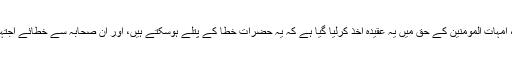
ہاں تمام صحابہ ، امہات المومنین کے حق میں یہ عقیدہ اخذ کرلیا گیا ہے کہ یہ حضرات خطا کے پتلے ہوسکتے ہیں، اور ان صحابہ سے خطائے اجتہادی ہوسکتی ہے۔